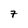
Character: 7